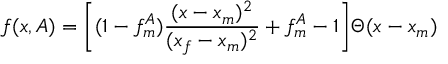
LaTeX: f ( x , A ) = \biggl [ ( 1 - f _ { m } ^ { A } ) \frac { ( x - x _ { m } ) ^ { 2 } } { ( x _ { f } - x _ { m } ) ^ { 2 } } + f _ { m } ^ { A } - 1 \biggr ] \Theta ( x - x _ { m } ) \,